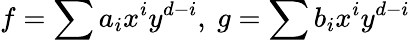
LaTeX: f=\sum a_{i}x^{i}y^{d-i},\ g=\sum b_{i}x^{i}y^{d-i}